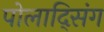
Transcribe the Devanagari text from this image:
पोलाद्सिंग